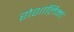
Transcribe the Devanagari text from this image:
रोशालिमा